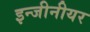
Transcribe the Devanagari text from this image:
इन्जीनीयर